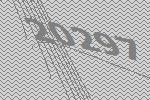
20297